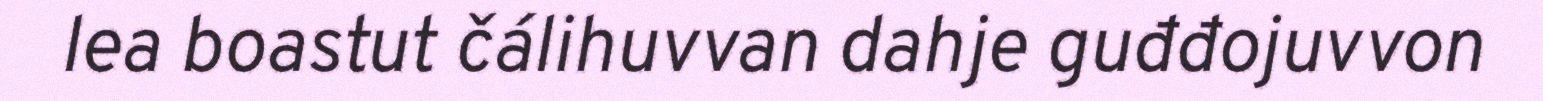
lea boastut čálihuvvan dahje guđđojuvvon